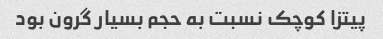
پیتزا کوچک نسبت به حجم بسیار گرون بود